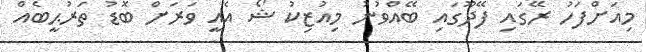
މިއަށްފަހު ރޭގައި ފޭދޫގައި ބޭއްވުނު މިއުޒިކު ޝޯ އެއީ ވަރަށް ބޮޑު ތަރުޙީބެއް